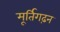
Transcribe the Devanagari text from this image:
मूर्तिगढ़न